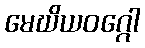
မေဃိယဝဂ္ဂေါ